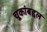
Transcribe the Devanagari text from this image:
चूकांबद्दल